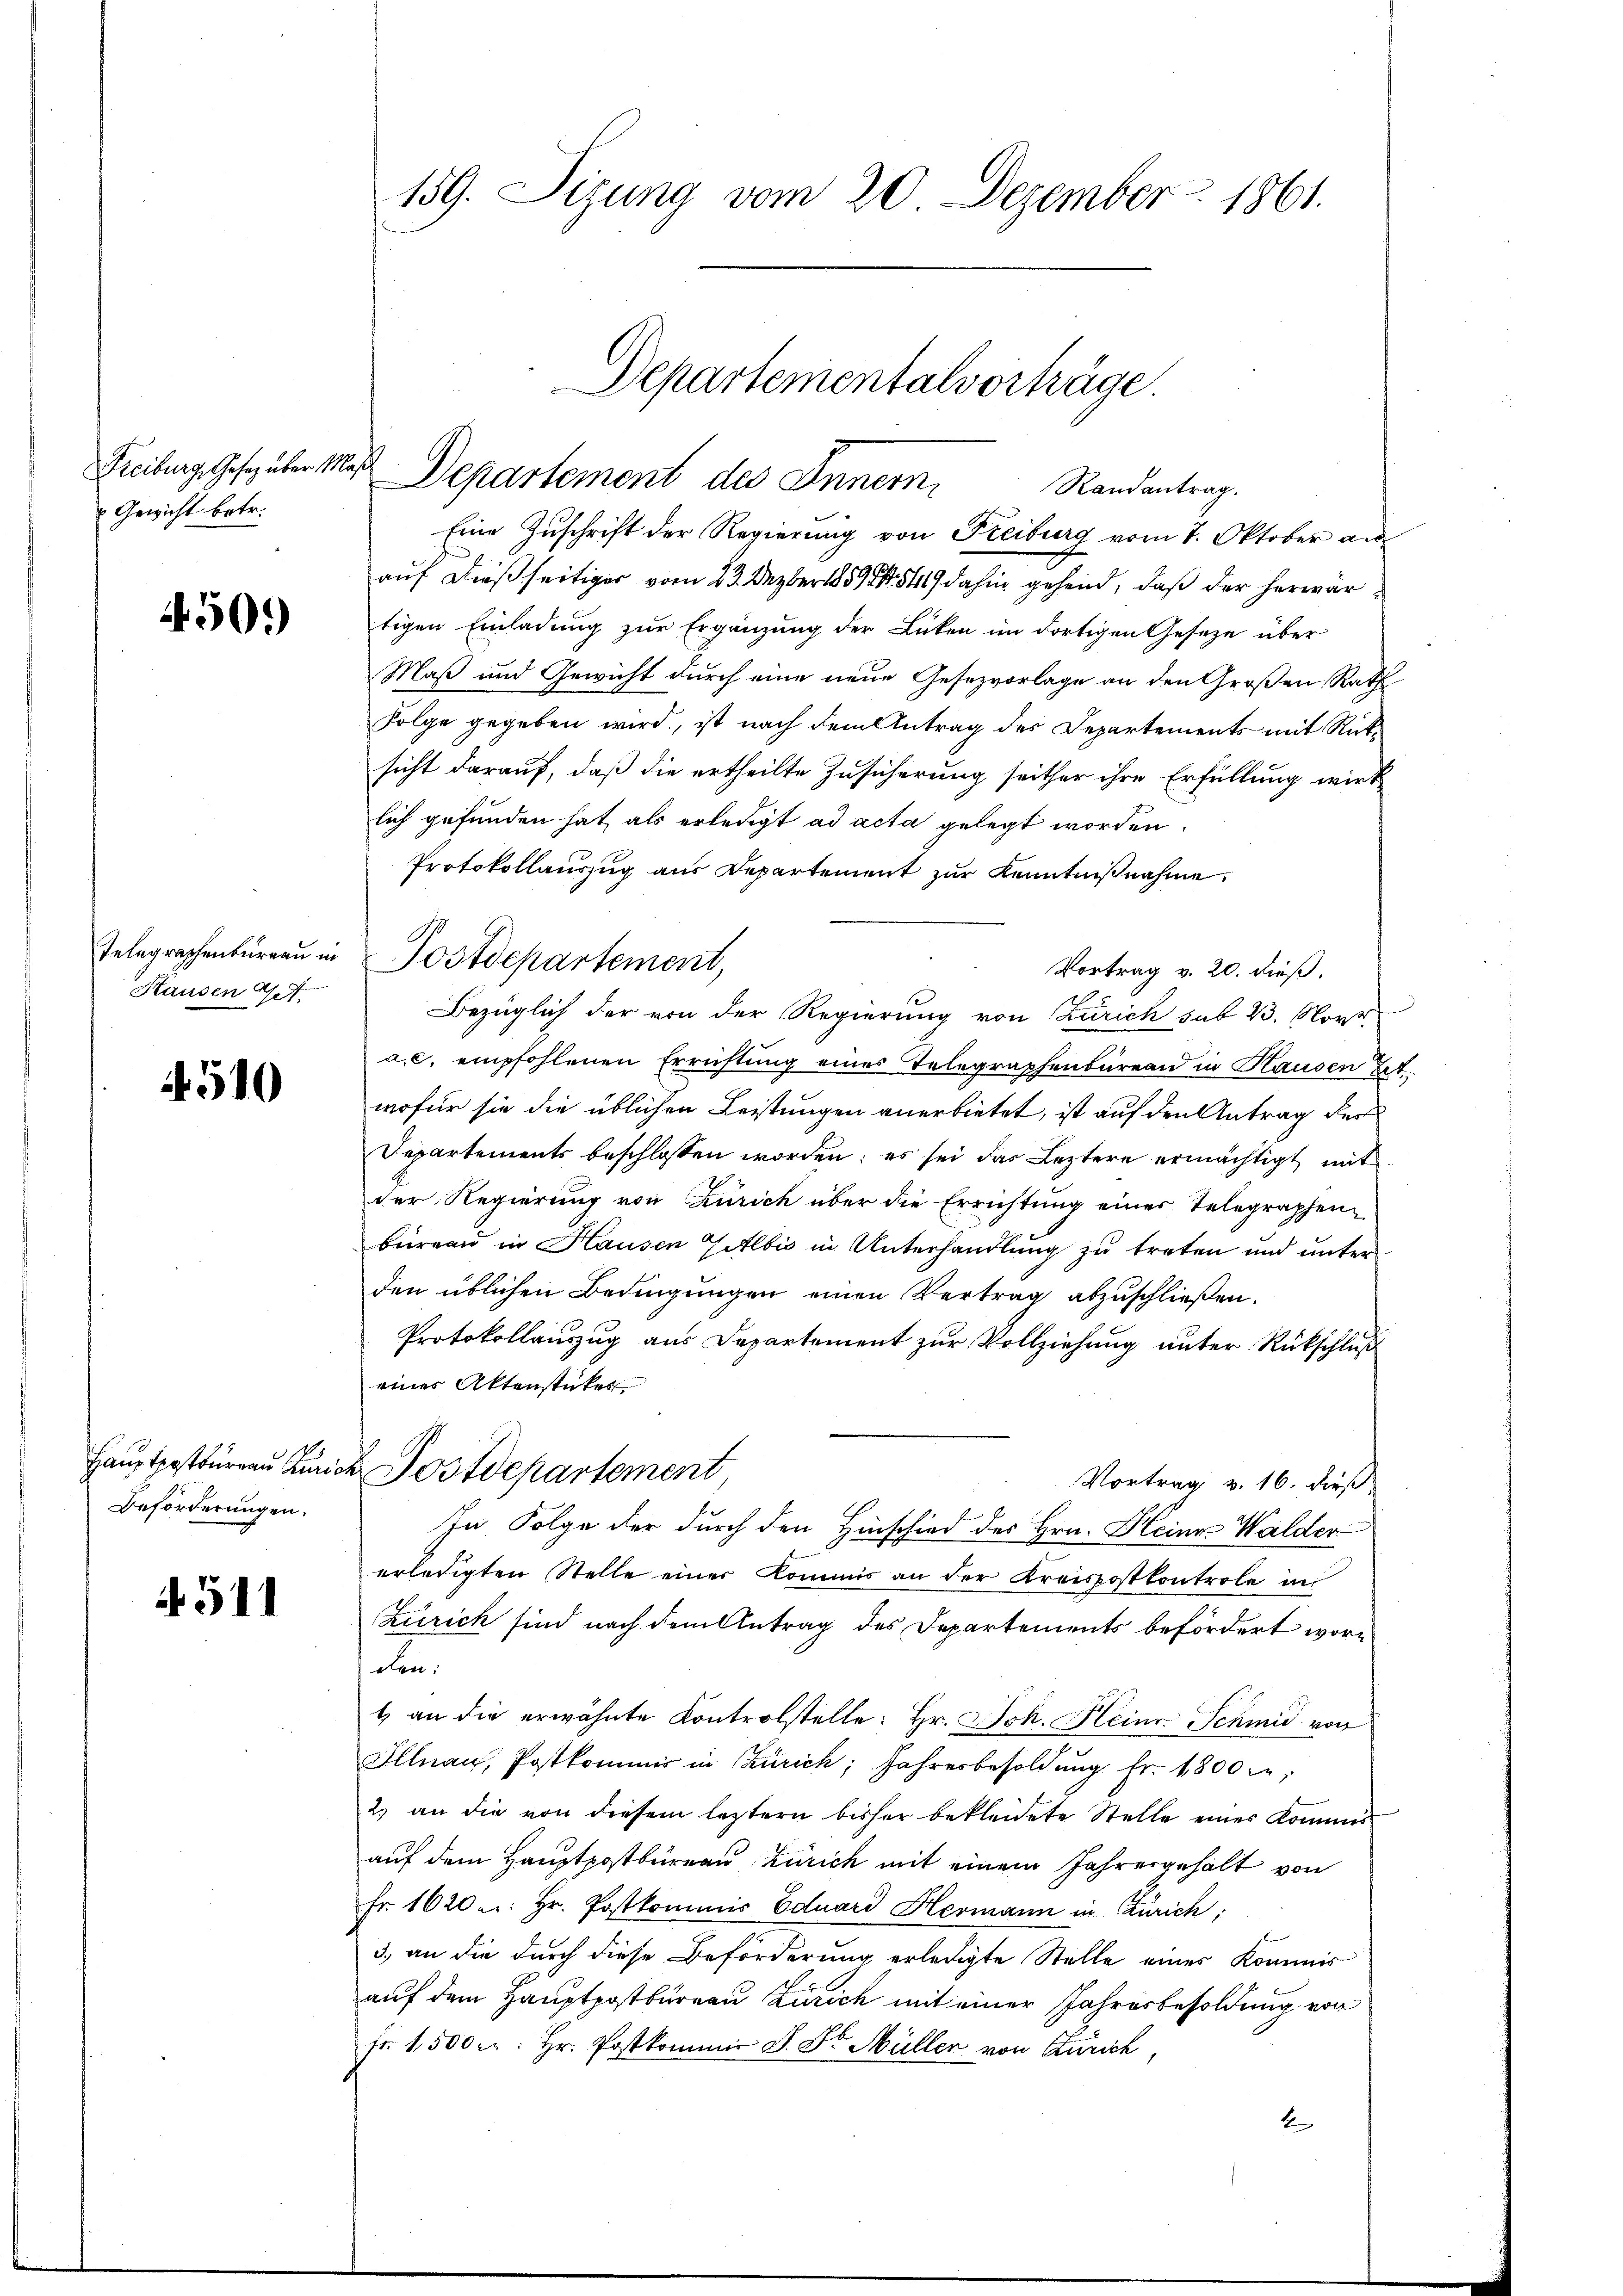
Freiburg, Gesez über 1.
Gewicht betr.

450.

Telegraphenbureau in
Hausen 27.

510

Beförderungen.

511

159. Sizung vom 20. Dezember 1861.

Departementalvorträge
 Departement des Innern,
Randantrag.

Postdepartement,

Eine Zuschrift der Regierung von Freiburg vom 7. Oktober an
auf dießseitiger vom 23. Dezbr 1889. 541) dahin gehend, daß der herwär
tigen Einladung zur Ergänzung der Lücken im dortigen Geseze über
Maß und Gewicht durch eine neue Gesezvorlage an den Großen Rath
Folge gegeben wird, ist nach dem Antrag des Departements mit Rücksicht darauf, daß die ertheilte Zusicherung seither ihre Erfüllung wirk
lich gefunden hat, als erledigt ad acta gelegt worden.
Protokollauszug aus Departement zur Kenntnißnahme.
Vortrag v. 20. dieß.
Bezüglich der von der Regierung von Zürich sub 23. Nor
a.c. empfohlenen Errichtung eines Telegraphenbureau in Hausen Bet
wofür sie die üblichen Leistungen anerbietet, ist auf den Antrag der
Departements beschlossen worden; es sei das Leztere ermächtigt mit
der Regierung von Zürich über die Errichtung einer Telegraphenbieren in Hausen Gitlbis in Unterhandlung zu treten und unterden üblichen Bedingungen einen Vertrag abzuschließen.
Protokollauszug aus Departement zur Vollziehung unter Rückschluß
eines Aktenstücker
Hauptpostkurren Kurich Postdepartement
Vortrag v. 16. dieß
In Folge der durch den Hinschied des Hrn. Heines Walder
erledigten Stelle einer Kommis an der Kreispostkontrole in
Zürich sind nach dem Antrag des Departements befördert worden.
1 an die erwähnte Kontrolstelle: Hr. Joh. Kleine Schmid von
Illnau, Postkommis in Zürich, Jahresbesoldŭng fr. 1800 c.
2.) an die von diesem letztern bisher bekleidete Stelle einer Kommis
auf dem Hauptpostbüreau Zürich mit einem Jahresgehalt von
Fr. 1620 : Hr. Postkommis Eduard Hermann in Zürich:
3. an die durch diese Beförderung erledigte Stelle eines Kommis
auf dem Hauptpostbureau Zürich mit einer Jahresbesoldung von
fr. 1500 f: Hr. Postkommis J. Dr. Müller von Zürich,
2